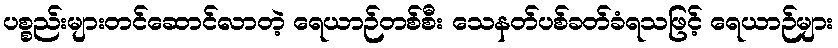
ပစ္စည်းများတင်ဆောင်လာတဲ့ ရေယာဉ်တစ်စီး သေနတ်ပစ်ခတ်ခံရသဖြင့် ရေယာဉ်များ